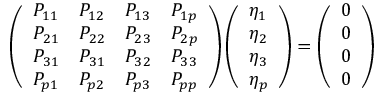
\left( \begin{array} { l l l l } { P _ { 1 1 } } & { P _ { 1 2 } } & { P _ { 1 3 } } & { P _ { 1 p } } \\ { P _ { 2 1 } } & { P _ { 2 2 } } & { P _ { 2 3 } } & { P _ { 2 p } } \\ { P _ { 3 1 } } & { P _ { 3 1 } } & { P _ { 3 2 } } & { P _ { 3 3 } } \\ { P _ { p 1 } } & { P _ { p 2 } } & { P _ { p 3 } } & { P _ { p p } } \end{array} \right) \left( \begin{array} { l } { \eta _ { 1 } } \\ { \eta _ { 2 } } \\ { \eta _ { 3 } } \\ { \eta _ { p } } \end{array} \right) = \left( \begin{array} { l } { 0 } \\ { 0 } \\ { 0 } \\ { 0 } \end{array} \right)